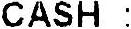
CASH :